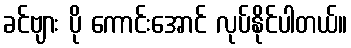
ခင်ဗျား ပို ကောင်းအောင် လုပ်နိုင်ပါတယ်။